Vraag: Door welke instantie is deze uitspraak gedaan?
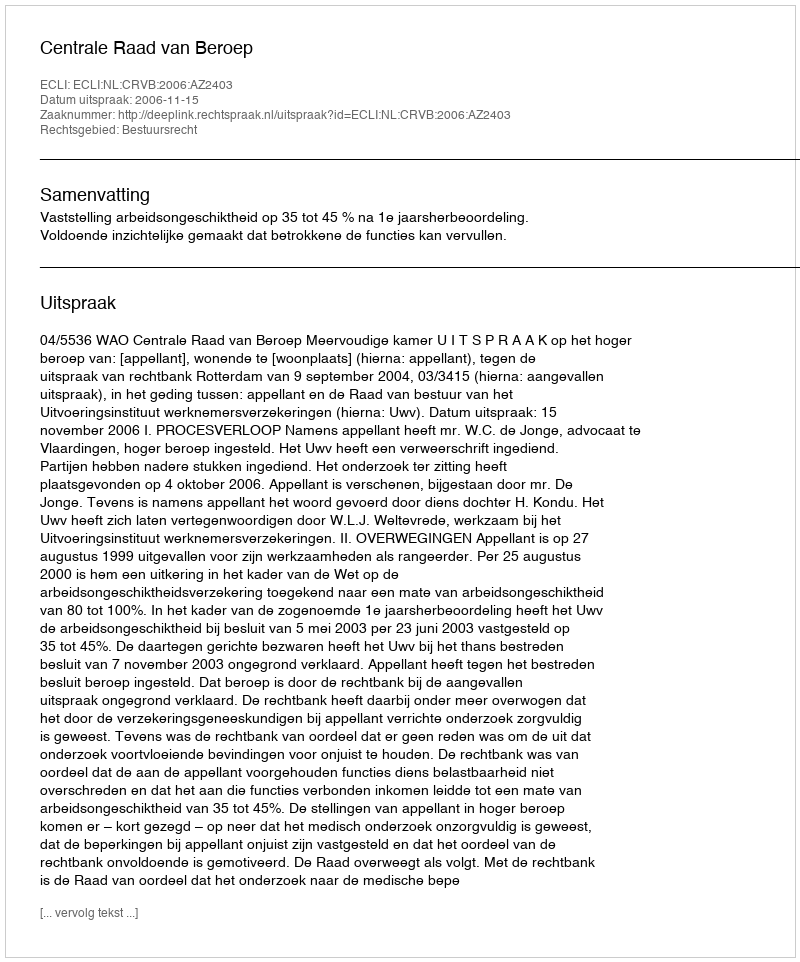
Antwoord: Centrale Raad van Beroep